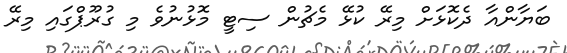
ބަޔާންއާ ދެކޮޅަށް މިރޭ ކުޅޭ މެޗުން ސިޓީ މޮޅުނުވެ މި ގުރޫޕްގައި މިރޭ